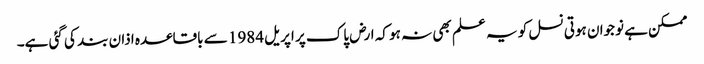
ممکن ہے نوجوان ہوتی نسل کو یہ علم بھی نہ ہو کہ ارض پاک پر اپریل 1984 سے باقاعدہ اذان بند کی گئی ہے۔